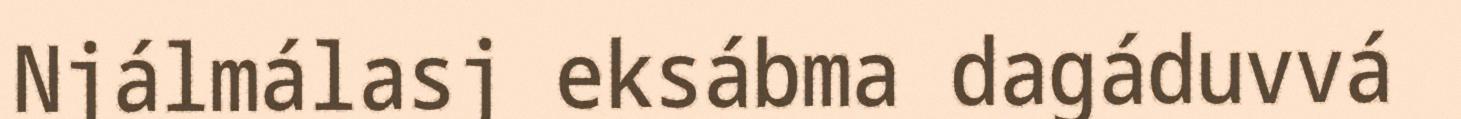
Njálmálasj eksábma dagáduvvá